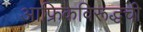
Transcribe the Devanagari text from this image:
आफ्रिकेविरूद्धची